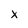
Character: X